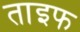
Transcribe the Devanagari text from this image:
ताइफ